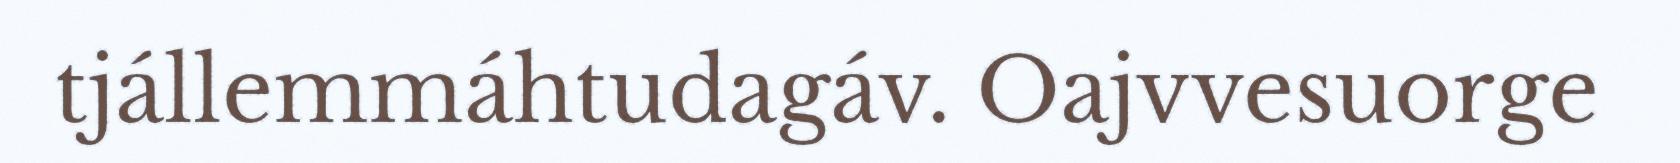
tjállemmáhtudagáv. Oajvvesuorge